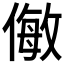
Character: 𠍁